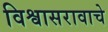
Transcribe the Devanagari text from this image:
विश्वासरावाचे